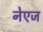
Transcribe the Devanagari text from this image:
नेएज